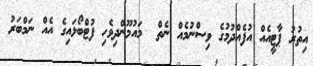
އިތުރު ޕާޓީއެއް އުފެއްދުމުގެ ވިސްނުމެއް ނެތް  މައުމޫންދިވެހި ފުޓްބޯޅައިގެ އެއް ނަމްބަރު